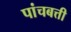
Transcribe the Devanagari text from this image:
पांचबत्ती